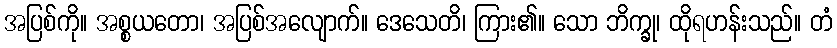
အပြစ်ကို။ အစ္စယတော၊ အပြစ်အလျောက်။ ဒေသေတိ၊ ကြား၏။ သော ဘိက္ခု၊ ထိုရဟန်းသည်။ တံ